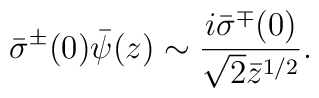
\bar{\sigma}^\pm(0)\bar{\psi}(z)\sim  \frac{i\bar{\sigma}^\mp(0)}{\sqrt{2}\bar{z}^{1/2}}.